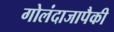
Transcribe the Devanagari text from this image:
गोलंदाजापैकी